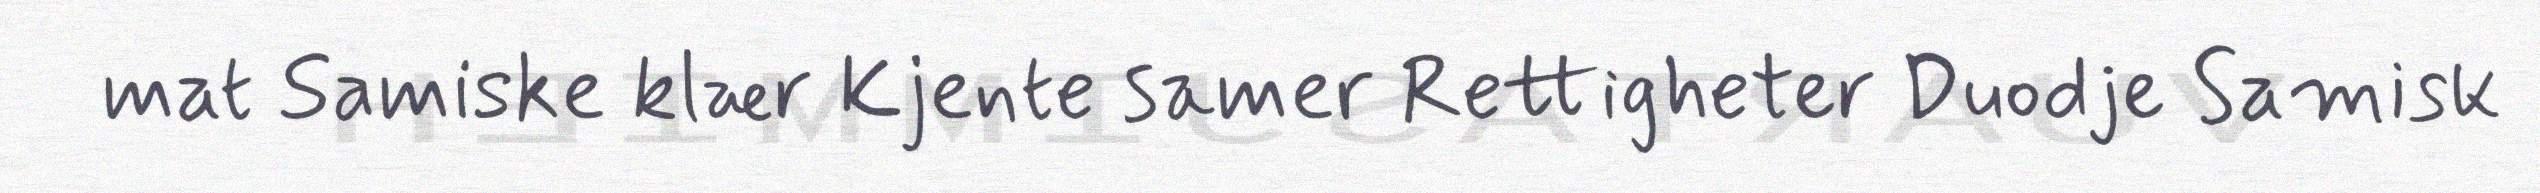
mat Samiske klær Kjente samer Rettigheter Duodje Samisk